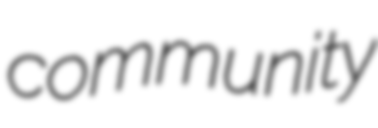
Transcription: community